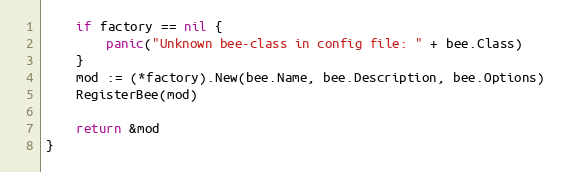
Language: Go
	if factory == nil {
		panic("Unknown bee-class in config file: " + bee.Class)
	}
	mod := (*factory).New(bee.Name, bee.Description, bee.Options)
	RegisterBee(mod)

	return &mod
}